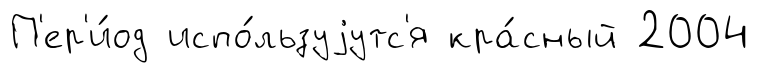
П'ер'и́од испо́льзуjутс'я кра́сный 2004